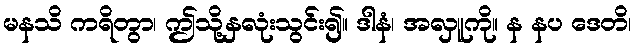
မနသိ ကရိတွာ၊ ဤသို့နှလုံးသွင်း၍။ ဒါနံ၊ အလှူကို။ န နပ ဒေတိ၊